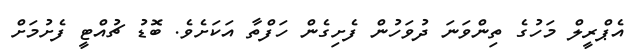
އެޕްރީލް މަހުގެ ތިންވަނަ ދުވަހުން ފެށިގެން ހަފްތާ އަކަށެވެ. ބޮޑު ޗުއްޓީ ފެށުމަށް